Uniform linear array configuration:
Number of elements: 32
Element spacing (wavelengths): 1
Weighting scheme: hamming
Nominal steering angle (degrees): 0
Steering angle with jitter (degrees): -1.592
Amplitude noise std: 0.05
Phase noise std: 0.05

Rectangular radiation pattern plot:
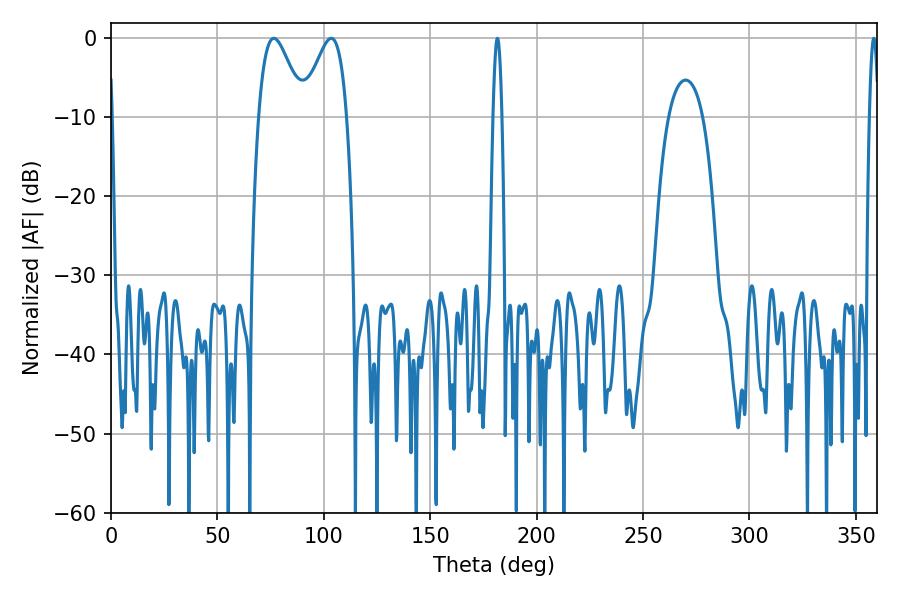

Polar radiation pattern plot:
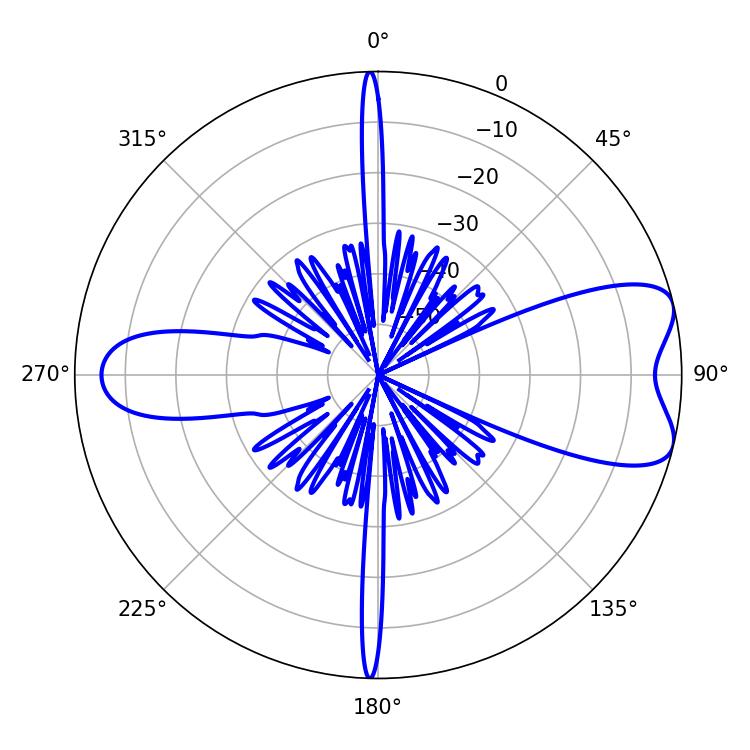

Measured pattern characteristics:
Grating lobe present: TRUE
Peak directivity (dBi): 7.616
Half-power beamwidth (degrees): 11.16
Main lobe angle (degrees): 76.5